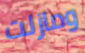
ومازلت